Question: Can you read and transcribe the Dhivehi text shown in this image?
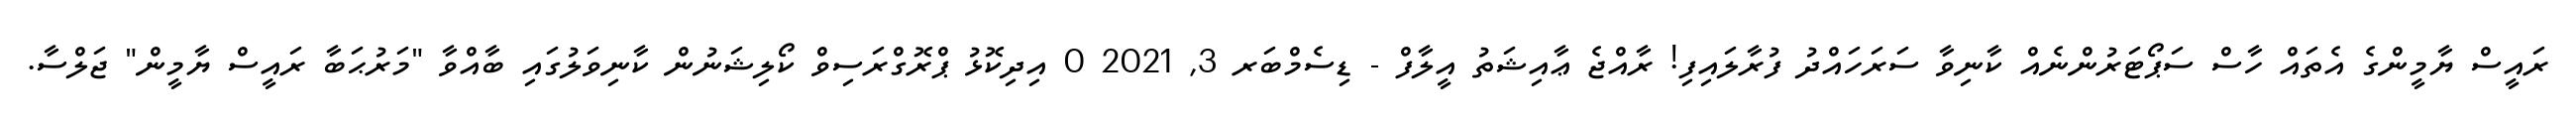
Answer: ރައީސް ޔާމީންގެ އެތައް ހާސް ސަޕޯޓަރުންނެއް ކާނިވާ ސަރަހައްދު ފުރާލައިފި! ރާއްޖެ ޢާއިޝަތު އީލާފް - ޑިސެމްބަރ 3, 2021 0 އިދިކޮޅު ޕްރޮގްރަސިވް ކޯލިޝަނުން ކާނިވަލުގައި ބާއްވާ "މަރުޙަބާ ރައީސް ޔާމީން" ޖަލްސާ.